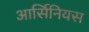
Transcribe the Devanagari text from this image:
आर्सिनियस